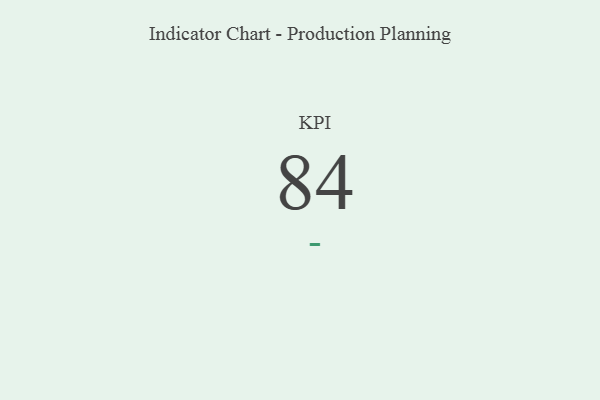
{"axis": {"x": "KPI", "y": "Value"}, "legend": [""], "data": [{"x": "KPI", "y": 84, "type": ""}]}